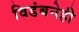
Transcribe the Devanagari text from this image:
विडंबनेही